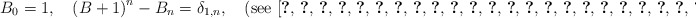
\begin{align*}B_{0}=1,\quad\left(B+1\right)^{n}-B_{n}=\delta_{1,n},\quad\mbox{(see \cite{key-1,key-2,key-3,key-4,key-5,key-6,key-7,key-8,key-9,key-10,key-11,key-12,key-13,key-14,key-15,key-16,key-17,key-18,key-19,key-20,key-21,key-22,key-23,key-24,key-25,key-26,key-27})}\end{align*}